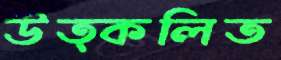
উত্কলিত